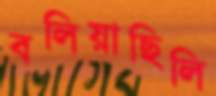
বলিয়াছিলি